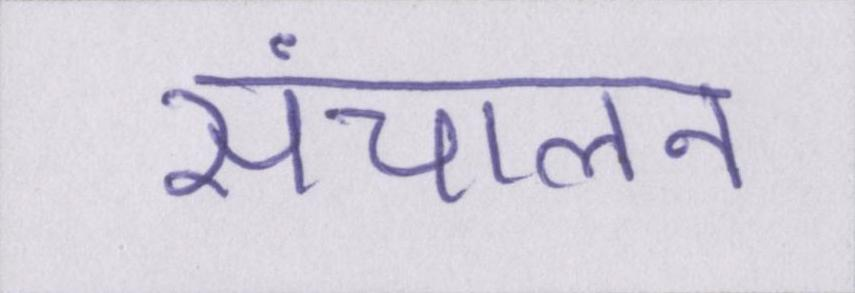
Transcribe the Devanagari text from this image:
संचालन